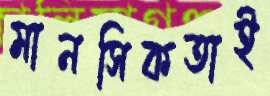
মানসিকতাই